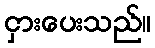
ငှားပေးသည်။